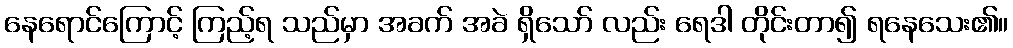
နေရောင်ကြောင့် ကြည့်ရ သည်မှာ အခက် အခဲ ရှိသော် လည်း ရေဒါ တိုင်းတာ၍ ရနေသေး၏။